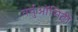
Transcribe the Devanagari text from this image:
वर्चुऑसिटी